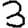
Digit: 3